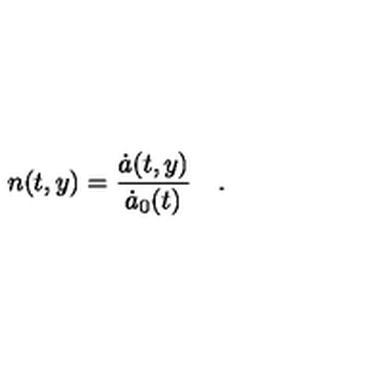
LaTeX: n ( t , y ) = { \frac { \dot { a } ( t , y ) } { \dot { a } _ { 0 } ( t ) } } \quad .